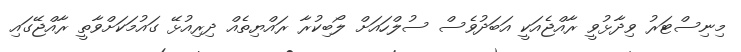
މިނިސްޓަރު ވިދާޅުވީ ރާއްޖެއަކީ އަބަދުވެސް ސުލްހައަށް ލޯބިކުރާ ރައްޔިތެއް ދިރިއުޅޭ ގައުމަކަށްވާތީ ރާއްޖޭގައި